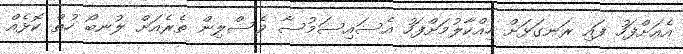
އެއަށްފަހު ފައި ރަނގަޅަށް ހިއްކާލުމަށްފަހު އެސައިސަމުސާ ވެސްލިން ތެރެއަށް ލުނބޯ ހުތް ކޮޅެއް